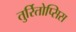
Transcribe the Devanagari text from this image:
तुर्रितोप्सिस